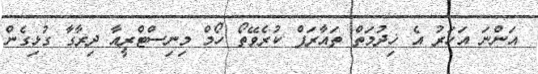
އަންނަ އަހަރު އެ ޚިދުމަތް ތައާރަފް ކުރެވޭތޯ ހޯމް މިނިސްޓްރީއާ ދިރާގާ ގުޅިގެން